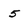
Character: 5